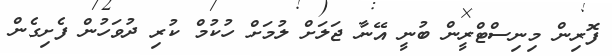
ފޮރިން މިނިސްޓްރީން ބުނީ އޭނާ ޖަލަށް ލުމަށް ހުކުމް ކުރި ދުވަހުން ފެށިގެން